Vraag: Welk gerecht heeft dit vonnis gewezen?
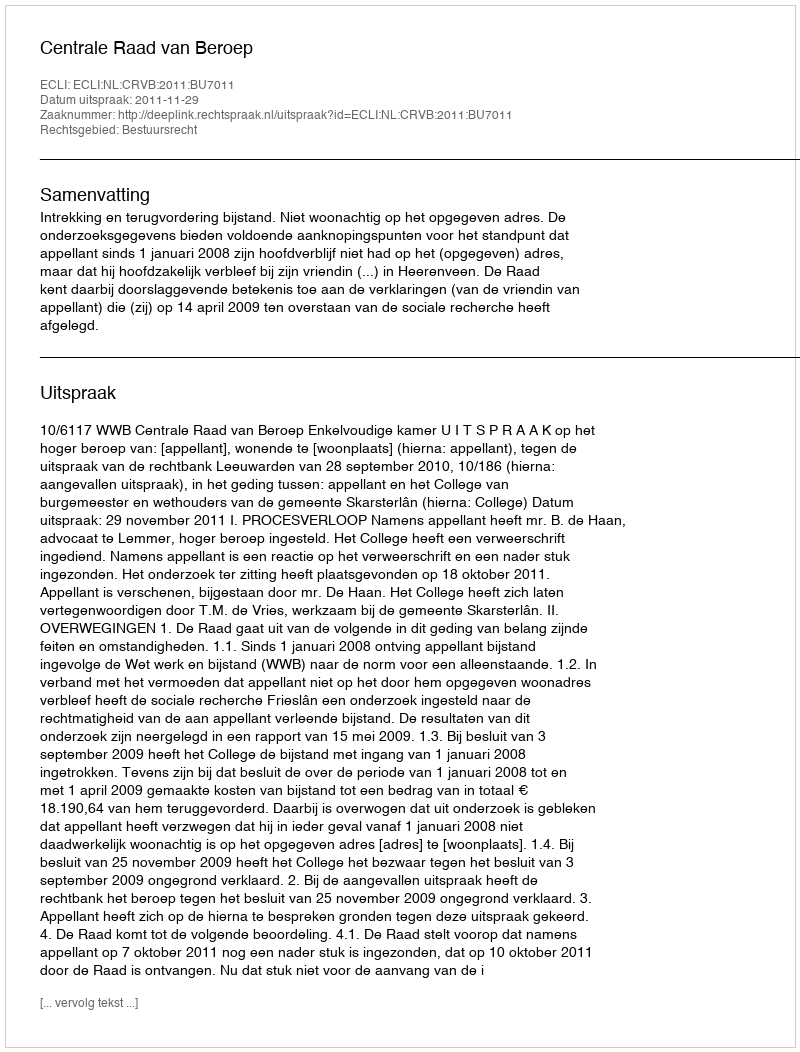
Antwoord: Centrale Raad van Beroep